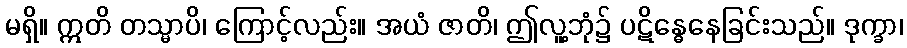
မရှိ။ ဣတိ တသ္မာပိ၊ ကြောင့်လည်း။ အယံ ဇာတိ၊ ဤလူ့ဘုံ၌ ပဋိန္ဓေနေခြင်းသည်။ ဒုက္ခာ၊